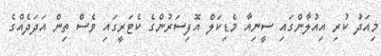
މިއަދު ކުރި އިއުލާންގައި ސީނިއާ މެޑިކަލް އޮފިސަރުންގެ ކެޓަރީގައި ވެސް ތިން އަދަދެއްގެ